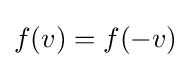
f(v)=f(-v)